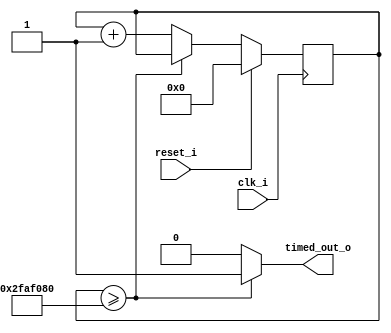
module timeout_timer (
  input clk_i,
  input reset_i,

  output reg timed_out_o
);

// This module currently counts to 50 million. On a 50 MHz Spartan 6, this
// corresponds to a 1 second timer.

reg [25:0] counter_d, counter_q;

always @(*) begin
  if (reset_i) begin
    counter_d = 0;
  end else begin
    if (counter_q >= 26'd50000000) begin
      counter_d = counter_q;
    end else begin
      counter_d = counter_q + 1'b1;
    end
  end
end

always @(*) begin
  if (counter_q >= 26'd50000000)
    timed_out_o = 1'b1;
  else
    timed_out_o = 1'b0;
end

always @(posedge clk_i) begin
  counter_q <= counter_d;
end

endmodule